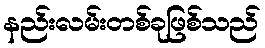
နည်းလမ်းတစ်ခုဖြစ်သည်